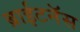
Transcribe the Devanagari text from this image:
ब्राईटनॅस